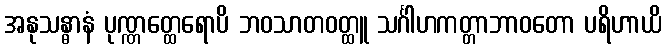
အနုသန္ဓာနံ ပုဏ္ဏတ္ထေရောပိ ဘဝသာတဝတ္ထူ သင်္ဂါဟကတ္တာဘာဝတော ပရိဟာယိ